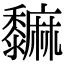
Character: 𪐎